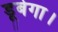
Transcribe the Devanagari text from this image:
डूबेगा।